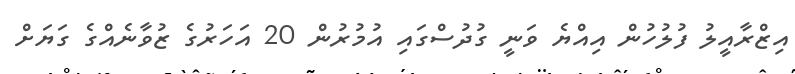
އިޒްރާއީލު ފުލުހުން އިއްޔެ ވަނީ ގުދުސްގައި އުމުރުން 20 އަހަރުގެ ޒުވާނެއްގެ ގަޔަށް